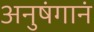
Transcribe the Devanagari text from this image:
अनुषंगानं